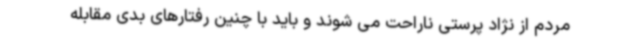
مردم از نژاد پرستی ناراحت می شوند و باید با چنین رفتارهای بدی مقابله